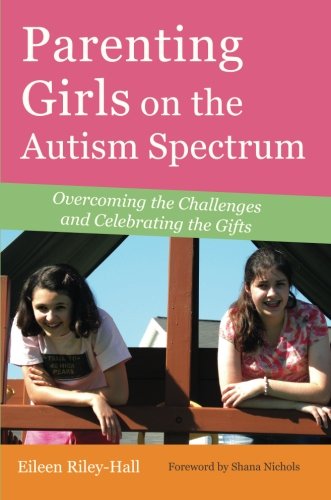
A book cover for Parenting Girls on the Autism Spectrum: Overcoming the Challenges and Celebrating the Gifts; Eileen Riley-Hall; Parenting & Relationships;